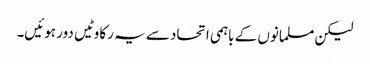
لیکن مسلمانوں کے باہمی اتحاد سے یہ رکاوٹیں دور ہوئیں۔